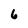
Character: 6